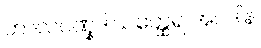
တာလဝဏ္နဒါယတ္ထေရ အပဒါန